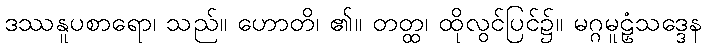
ဒဿနူပစာရော၊ သည်။ ဟောတိ၊ ၏။ တတ္ထ၊ ထိုလွင်ပြင်၌။ မဂ္ဂမူဠှံသဒ္ဒေန